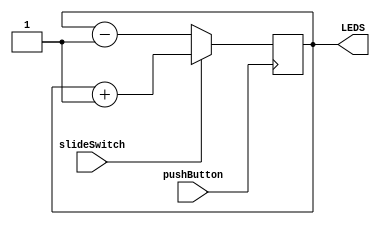
`timescale 1ns / 1ps

module counting_the_world(
    input pushButton,
    input slideSwitch,
    output [15:0] LEDS
    );
    
    reg [15:0] Value = 0;
    
    always@(posedge pushButton) begin
        if(slideSwitch)
            Value <= Value + 1;
        else
            Value <= Value - 1;
    end
    
    assign LEDS = Value;
endmodule